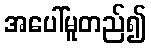
အပေါ်မူတည်၍